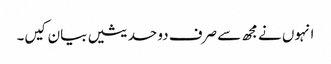
انہوں نے مجھ سے صرف دو حدیثیں بیان کیں۔